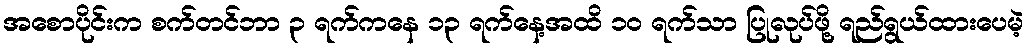
အစောပိုင်းက စက်တင်ဘာ ၃ ရက်ကနေ ၁၃ ရက်နေ့အထိ ၁၀ ရက်သာ ပြုလုပ်ဖို့ ရည်ရွယ်ထားပေမဲ့